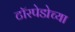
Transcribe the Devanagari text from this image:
टॉरपेडोच्या